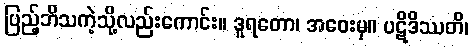
ပြည့်ဘိသကဲ့သို့လည်းကောင်း။ ဒူရတော၊ အဝေးမှ။ ပဋိဒိဿတိ၊